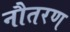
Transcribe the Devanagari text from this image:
नौतरण